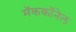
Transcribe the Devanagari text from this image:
मॅककॉनेल